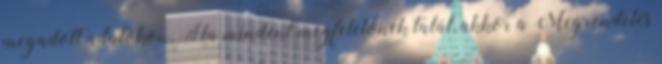
megadott adatokon. Ha mindent megfelelőnek talál, akkor a Megrendelés